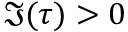
\Im ( \tau ) > 0